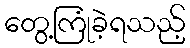
တွေ့ကြုံခဲ့ရသည့်